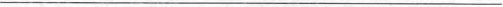
___